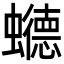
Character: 𮕏